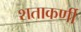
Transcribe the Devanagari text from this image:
शताकर्णी